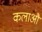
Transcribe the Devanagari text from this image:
कलाऔ